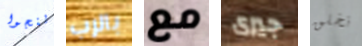
ينجوا بالرب مع جيرى نخلق